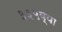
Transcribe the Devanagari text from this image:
३३५व्या